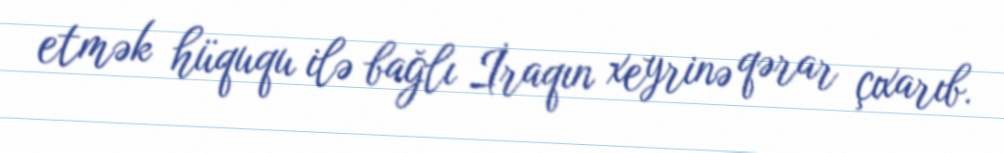
etmək hüququ ilə bağlı İraqın xeyrinə qərar çıxarıb.